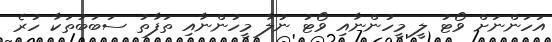
އަހަންނަށް ވޯޓު ލީ މީހުންނާއި ވޯޓު ނުލާ މީހުންނާއި ތަފާތު ސަބަބުތަކާ ހުރެ